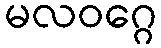
မလဝဂ္ဂေ